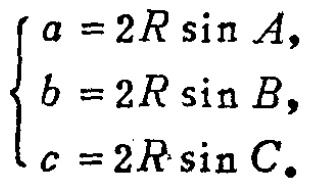
\[

\begin{cases}

a = 2R \sin A, \\

b = 2R \sin B, \\

c = 2R \sin C.

\end{cases}

\]